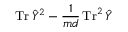
\operatorname { T r } \hat { Y } ^ { 2 } - \frac { 1 } { m d } \operatorname { T r } ^ { 2 } \hat { Y }